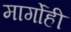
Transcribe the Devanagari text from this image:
मार्गोही